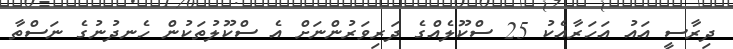
ދިރާސީ އައު އަހަރާއެކު 25 ސްކޫލެއްގެ ދަރިވަރުންނަށް އެ ސްކޫލުތަކުން ހެނދުނުގެ ނަސްތާ